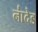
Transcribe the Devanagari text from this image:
ना॑देड